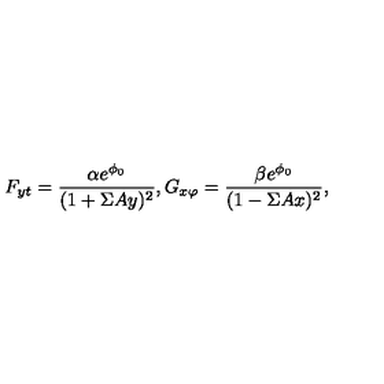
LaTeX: F _ { y t } = \frac { \alpha e ^ { \phi _ { 0 } } } { ( 1 + \Sigma A y ) ^ { 2 } } , G _ { x \varphi } = \frac { \beta e ^ { \phi _ { 0 } } } { ( 1 - \Sigma A x ) ^ { 2 } } ,